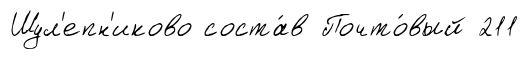
Шул'епн'иково соста́в Почто́вый 211